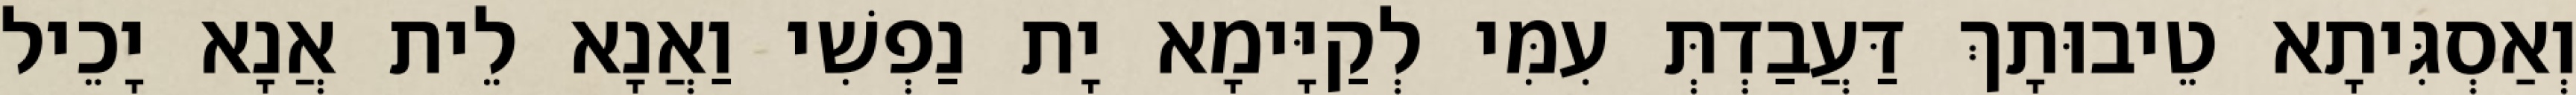
וְאַסְגִּיתָא טֵיבוּתָךְ דַּעֲבַדְתְּ עִמִּי לְקַיָּימָא יָת נַפְשִׁי וַאֲנָא לֵית אֲנָא יָכֵיל